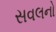
સવલનો